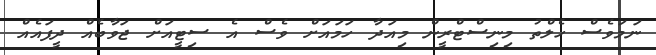
ނަމަވެސް ހެލްތު މިނިސްޓްރީން މިއަދާ ހަމައަށް ވެސް އެ ސިޓީއަށް ޖަވާބެއް ދީފައެއް